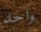
واحد